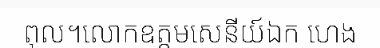
ពុល។លោកឧត្តមសេនីយ៍ឯក ហេង